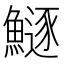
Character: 鱁